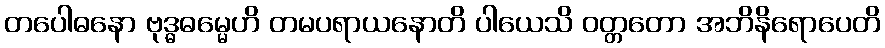
တပေါဓနော ဗုဒ္ဓဓမ္မေဟိ တမပရာယနောတိ ပါယေသိ ဝတ္တတော အဘိနိရောပေတိ